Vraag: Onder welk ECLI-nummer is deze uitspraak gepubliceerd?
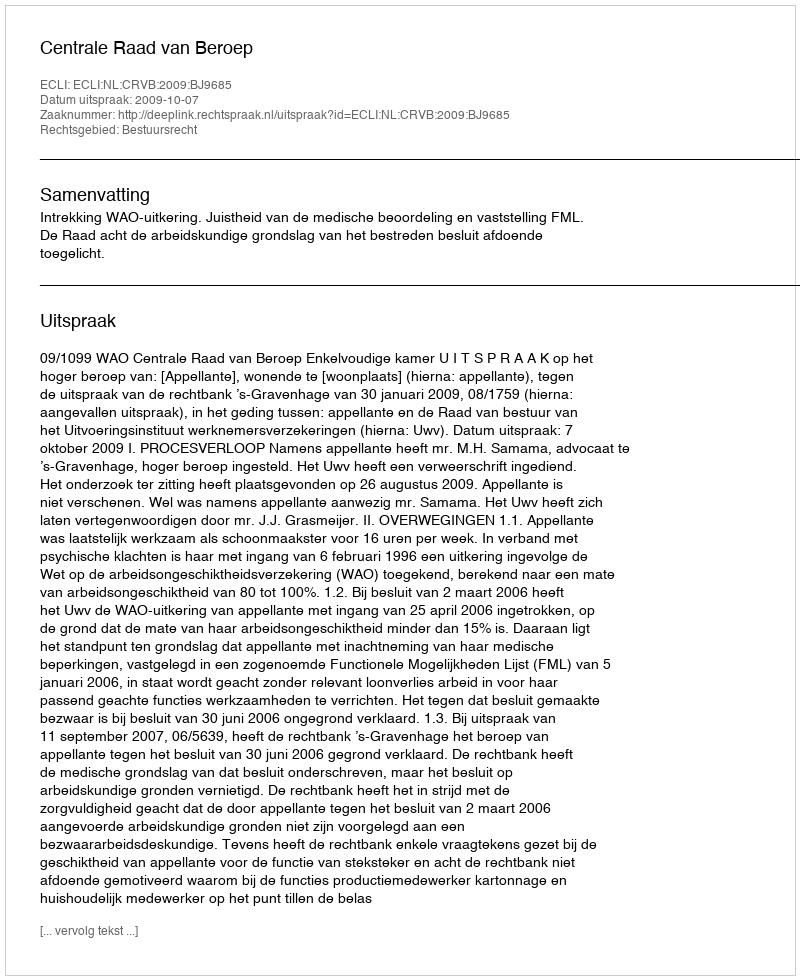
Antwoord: ECLI:NL:CRVB:2009:BJ9685